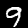
Digit: 9